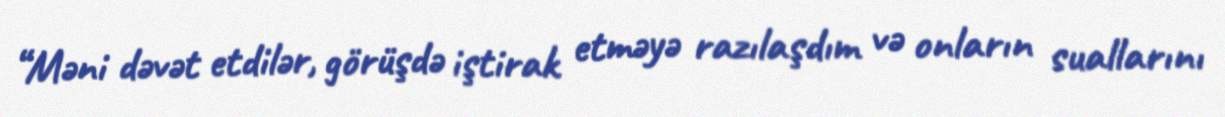
“Məni dəvət etdilər, görüşdə iştirak etməyə razılaşdım və onların suallarını